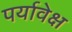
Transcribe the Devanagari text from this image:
पर्यावेक्ष